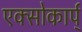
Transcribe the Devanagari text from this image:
एक्सोकार्प्